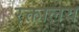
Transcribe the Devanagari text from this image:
रक्तालय